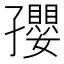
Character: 孾